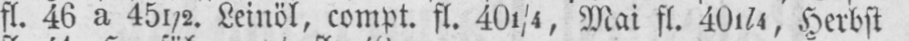
fl. 46 a 45½. Leinöl, compt. fl. 401/4, Mai fl. 401/4, Herbst